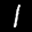
Label: 1